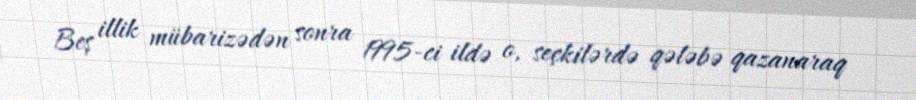
Beş illik mübarizədən sonra 1995-ci ildə o, seçkilərdə qələbə qazanaraq